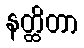
နတ္ထိတာ